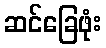
ဆင်ခြေဖုံး